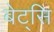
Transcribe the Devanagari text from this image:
बेट्सि